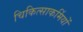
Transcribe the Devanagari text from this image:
चिकित्साकर्मियों